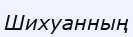
Шихуанның